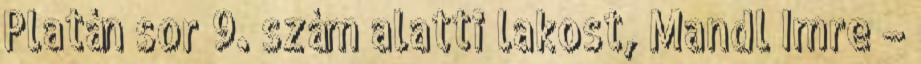
Platán sor 9. szám alatti lakost, Mandl Imre –